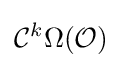
{\mathcal {C}}^{k}\Omega ({\mathcal {O}})